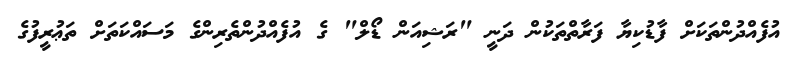
އުފެއްދުންތަކަށް ފާޑުކިޔާ ފަރާތްތަކުން ދަނީ "ރަޝިއަން ޑޯލް" ގެ އުފެއްދުންތެރިންގެ މަސައްކަތަށް ތަޢުރީފުގެ